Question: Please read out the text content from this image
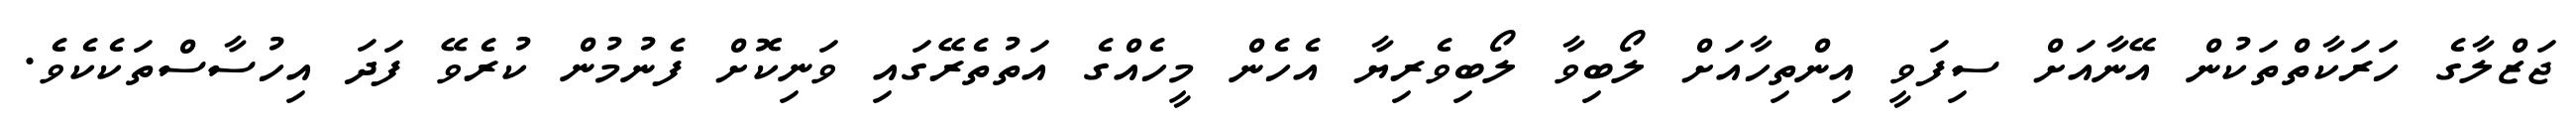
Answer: ޖަޒްލާގެ ހަރަކާތްތަކުން އޭނާއަށް ސިފަވީ އިންތިހާއަށް ލޯބިވާ ލޯބިވެރިޔާ އެހެން މީހެއްގެ އަތުތެރޭގައި ވަނިކޮށް ފެނުމުން ކުރެވޭ ފަދަ އިހުސާސްތަކެކެވެ.